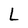
Character: L